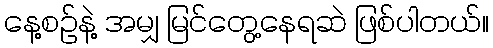
နေ့စဉ်နဲ့ အမျှ မြင်တွေ့နေရဆဲ ဖြစ်ပါတယ်။